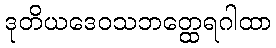
ဒုတိယဒေဝသဘတ္ထေရဂါထာ